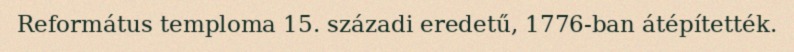
Református temploma 15. századi eredetű, 1776-ban átépítették.